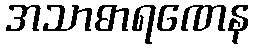
အသာဓာရဏေန